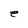
Character: e